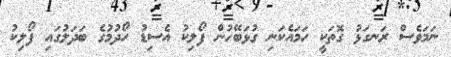
ނަމަވެސް ރަނގަޅު ގޮތަކީ ހަމައެކަނި ގުޅަބޭހުން ފޯލިކު އެސިޑު ހޯދުމުގެ ބަދަލުގައި ފޯލިކު